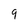
Character: 9